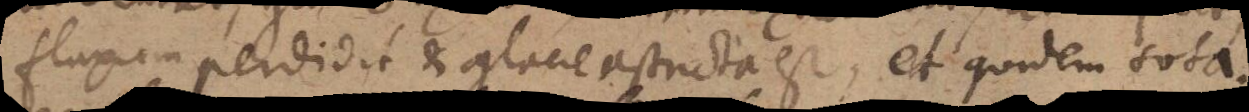
fluxum perdidit et glacie astricta est, et quidem tota.